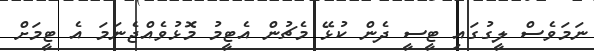
ނަމަވެސް ލީގުގައި ޓީސީ ދެން ކުޅޭ މެޗުން އެޓީމު މޮޅުވެއްޖެނަމަ އެ ޓީމަށް